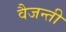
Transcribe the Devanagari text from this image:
वैजन्ती